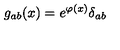
g _ { a b } ( x ) = e ^ { \varphi ( x ) } \delta _ { a b }